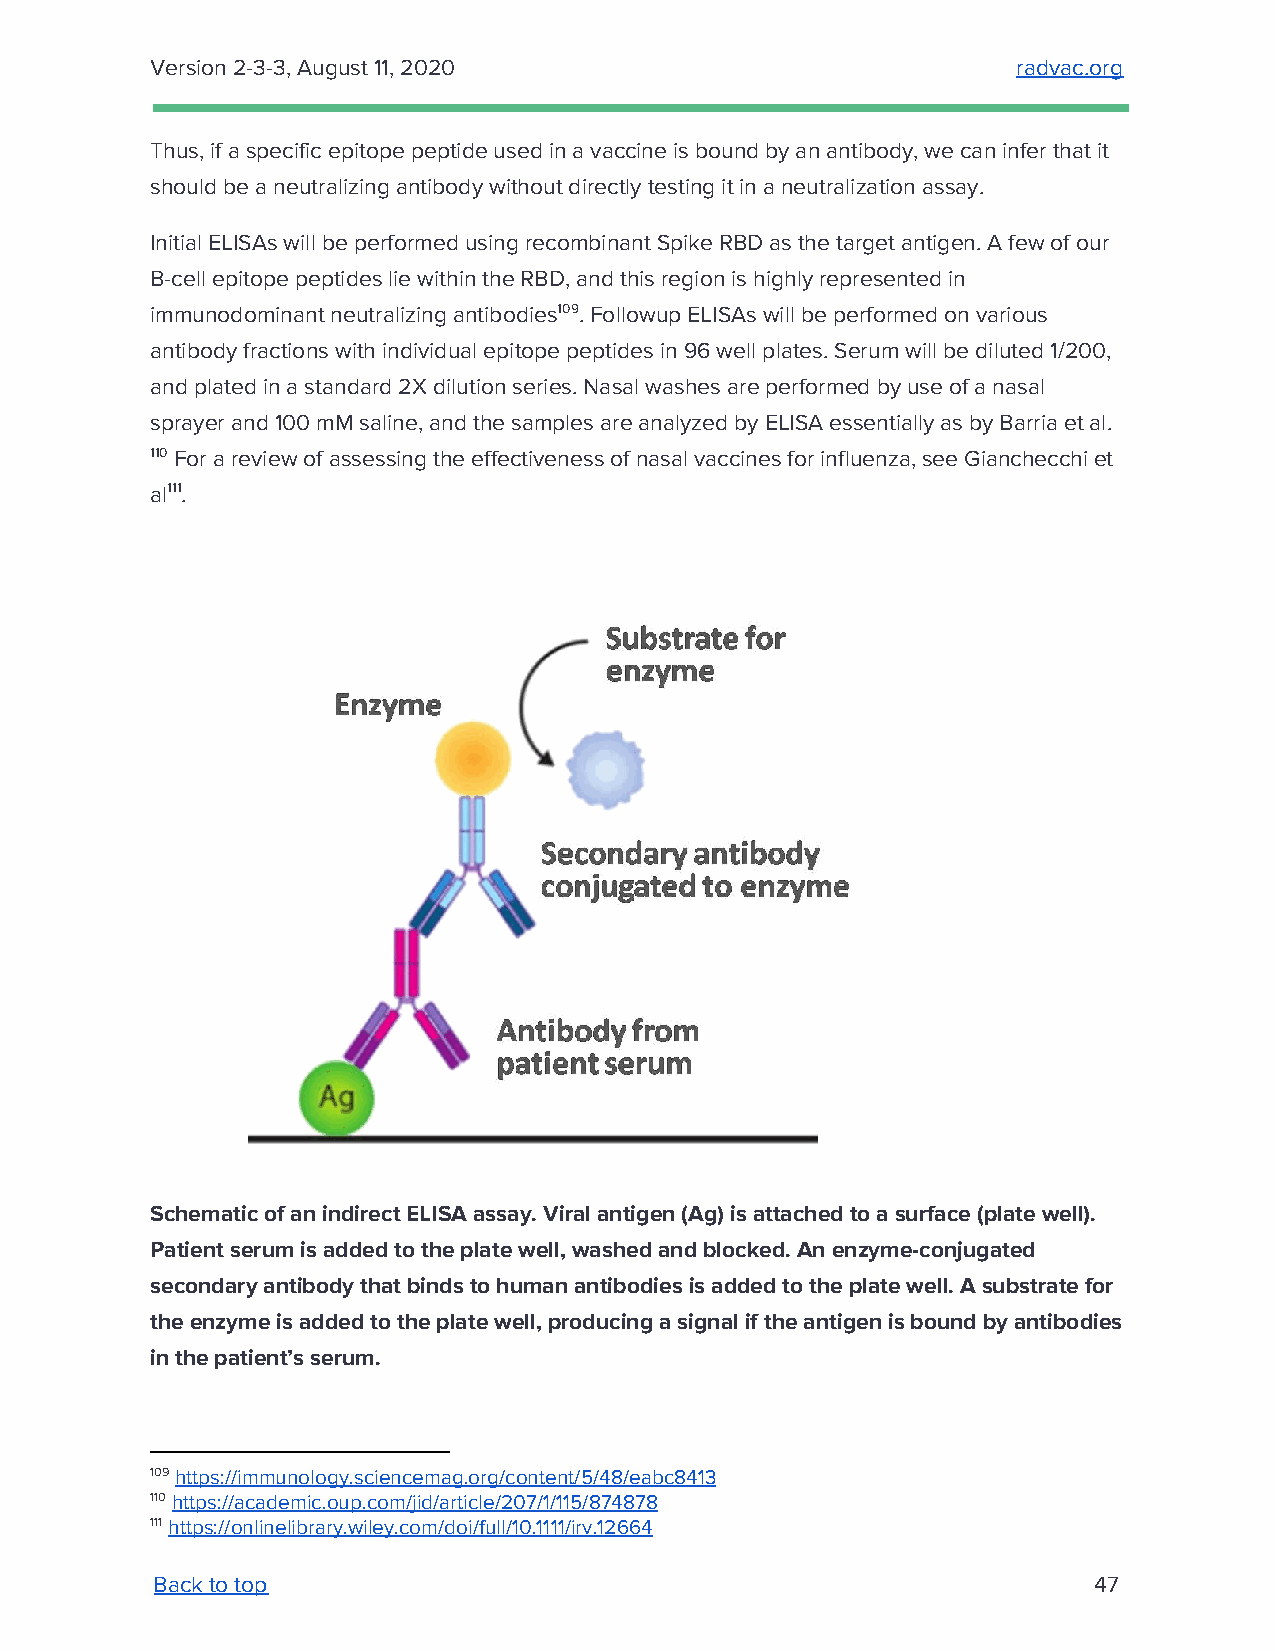
Version 2-3-3, August 11, 2020                           radvac.org
 ​
 Thus, if a specific epitope peptide used in a vaccine is bound by an antibody, we can infer that it
 should be a neutralizing antibody without directly testing it in a neutralization assay.
 Initial ELISAs will be performed using recombinant Spike RBD as the target antigen. A few of our
 B-cell epitope peptides lie within the RBD, and this region is highly represented in
 immunodominant neutralizing antibodies109. Followup ELISAs will be performed on various
 antibody fractions with individual epitope peptides in 96 well plates. Serum will be diluted 1/200,
 and plated in a standard 2X dilution series. Nasal washes are performed by use of a nasal
 sprayer and 100 mM saline, and the samples are analyzed by ELISA essentially as by Barria et al.
 110 For a review of assessing the effectiveness of nasal vaccines for influenza, see Gianchecchi et
 al111.
 Schematic of an indirect ELISA assay. Viral antigen (Ag) is attached to a surface (plate well).
 Patient serum is added to the plate well, washed and blocked. An enzyme-conjugated
 secondary antibody that binds to human antibodies is added to the plate well. A substrate for
 the enzyme is added to the plate well, producing a signal if the antigen is bound by antibodies
 in the patient’s serum.
 109 https://immunology.sciencemag.org/content/5/48/eabc8413
 ​
 110 https://academic.oup.com/jid/article/207/1/115/874878
 ​
 111 https://onlinelibrary.wiley.com/doi/full/10.1111/irv.12664
 ​
 Back to top                                                   47